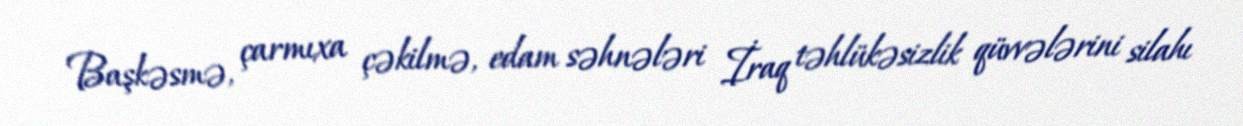
Başkəsmə, çarmıxa çəkilmə, edam səhnələri İraq təhlükəsizlik qüvvələrini silahı